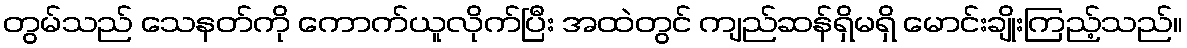
တွမ်သည် သေနတ်ကို ကောက်ယူလိုက်ပြီး အထဲတွင် ကျည်ဆန်ရှိမရှိ မောင်းချိုးကြည့်သည်။